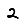
Digit: 2